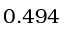
0 . 4 9 4